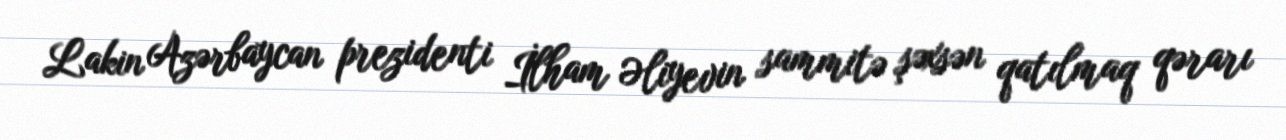
Lakin Azərbaycan prezidenti İlham Əliyevin sammitə şəxsən qatılmaq qərarı